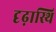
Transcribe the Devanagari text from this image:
दृढ़ास्थि